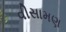
વીસામણ